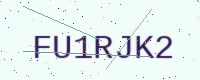
Text: FU1RJK2